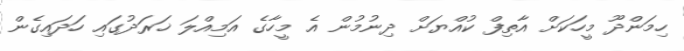
ހިމަންދޫ މީހަކަށް އާތިފް ކުއްޔަށް ދިނުމުން އެ މީހާގެ އަމިއްލަ ޚަރަދުގައި ހަދައިގެން